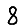
Digit: 8